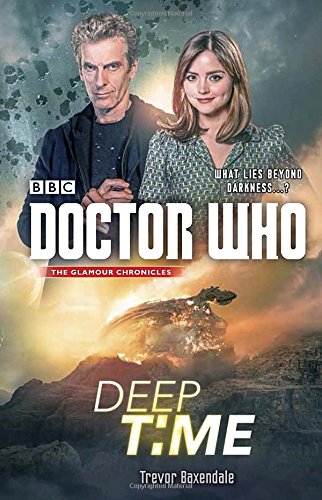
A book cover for Doctor Who: Deep Time; Trevor Baxendale; Science Fiction & Fantasy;